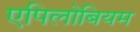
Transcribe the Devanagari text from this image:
एपिलोबियम